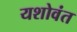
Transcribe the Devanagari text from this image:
यशोवंत